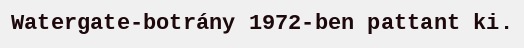
Watergate-botrány 1972-ben pattant ki.